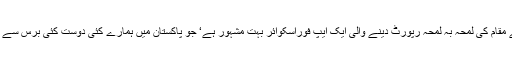
اس کے علاوہ آپ کے مقام کی لمحہ بہ لمحہ رپورٹ دینے والی ایک ایپ فوراسکوائر بہت مشہور ہے‘ جو پاکستان میں ہمارے کئی دوست کئی برس سے استعمال کررہے‘ ہیں۔